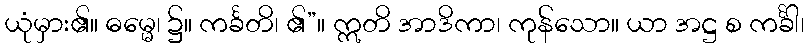
ယုံမှား၏။ ဓမ္မေ၊ ၌။ ကင်္ခတိ၊ ၏”။ ဣတိ အာဒိကာ၊ ကုန်သော။ ယာ အဋ္ဌ စ ကင်္ခါ၊